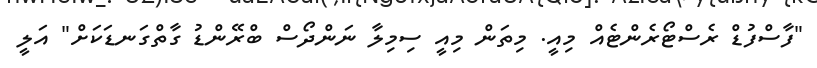
"ފާސްފުޑް ރެސްޓޯރެންޓެއް މިއީ. މިތަން މިއީ ސިމިލާ ނަންދޯސް ބްރޭންޑު ގާތްގަނޑަކަށް" އަލީ